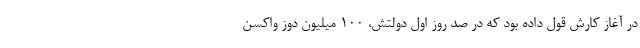
در آغاز کارش قول داده بود که در صد روز اول دولتش، 100 میلیون دوز واکسن